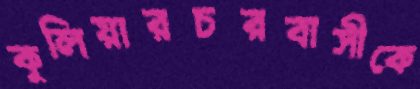
কুলিয়ারচরবাসীকে